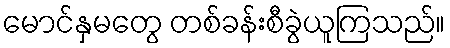
မောင်နှမတွေ တစ်ခန်းစီခွဲယူကြသည်။